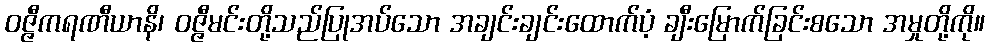
ဝဇ္ဇီကရဏီယာနိ၊ ဝဇ္ဇီမင်းတို့သည်ပြုအပ်သော အချင်းချင်းထောက်ပံ့ ချီးမြောက်ခြင်းစသော အမှုတို့ကို။